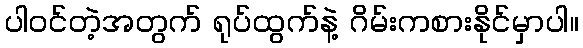
ပါဝင်တဲ့အတွက် ရုပ်ထွက်နဲ့ ဂိမ်းကစားနိုင်မှာပါ။